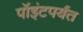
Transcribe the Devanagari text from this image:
पॉइंटपर्यंत